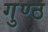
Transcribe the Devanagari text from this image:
गुण्ठ